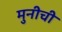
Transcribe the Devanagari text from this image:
मुनीची